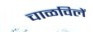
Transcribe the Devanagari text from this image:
चाळविलें